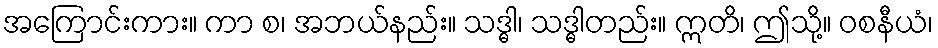
အကြောင်းကား။ ကာ စ၊ အဘယ်နည်း။ သဒ္ဓါ၊ သဒ္ဓါတည်း။ ဣတိ၊ ဤသို့။ ဝစနီယံ၊